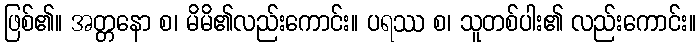
ဖြစ်၏။ အတ္တနော စ၊ မိမိ၏လည်းကောင်း။ ပရဿ စ၊ သူတစ်ပါး၏ လည်းကောင်း။